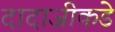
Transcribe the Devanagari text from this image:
दादाजीकडे